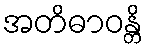
အတိဓာဝန္တိ